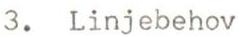
3. Linjebehov